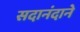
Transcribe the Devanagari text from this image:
सदानंदाने